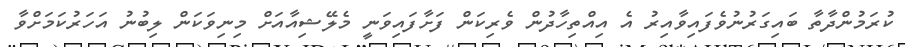
ކުރަމުންދާތާ ބައިގަރުނުވެފައިވާއިރު އެ އިއްތިހާދުން ވެރިކަން ފަށާފައިވަނީ މެލޭޝިއާއަށް މިނިވަކަން ލިބުނު އަހަރުކަމަށްވާ